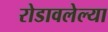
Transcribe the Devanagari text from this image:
रोडावलेल्या